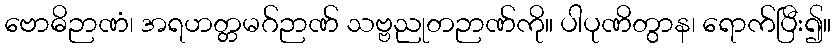
ဗောဓိဉာဏံ၊ အရဟတ္တမဂ်ဉာဏ် သဗ္ဗညုတဉာဏ်ကို။ ပါပုဏိတွာန၊ ရောက်ပြီး၍။